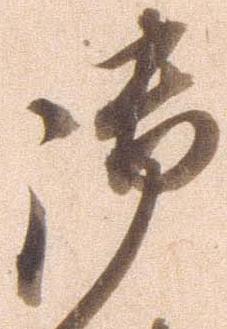
御